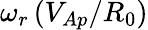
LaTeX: \omega_{r}\left(V_{Ap}/R_{0}\right)